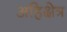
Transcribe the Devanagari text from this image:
अहिक्षेत्र